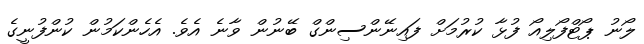
ލޯނު ޕޯޓްފޯލިއޯ ފުޅާ ކުރުމަށް ފައިނޭންސިންގް ބޭނުން ވާނެ އެވެ. އެހެންކަމުން ކުންފުނީގެ